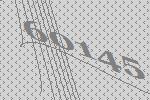
60145